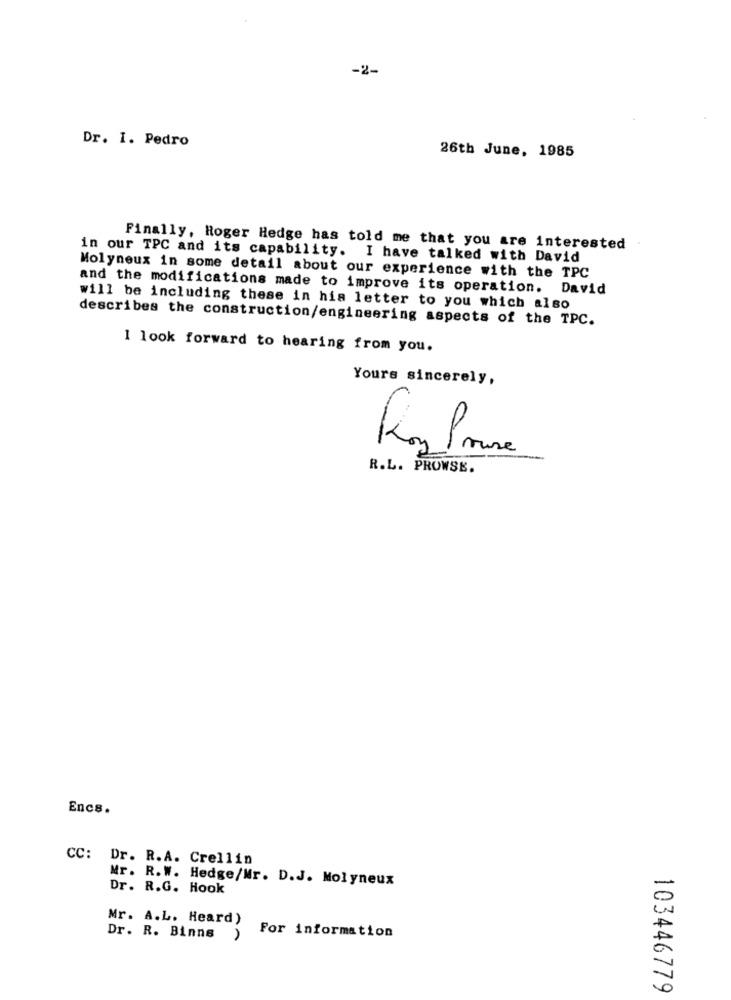
-2-
Dr. I. Pedro
26th June, 1985
Finally, Roger Hedge has told me that you are interested
in our TPC and its capability. I have talked with David
Molyneux in some detail about our experience with the TPC
and the modifications made to improve its operation. David
will be including these in his letter to you which also
describes the construction/engineering aspects of the TPC.
I look forward to hearing from you.
Yours sincerely,
R.L. PROWSE.
Encs.
CC: Dr. R.A. Crellin
Mr. R.W. Hedge/Mr. D.J. Molyneux
Dr. R.G. Hook
Mr. A.L. Heard)
Dr. R. Binne
For information
103446779